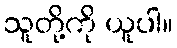
သူတို့ကို ယူပါ။